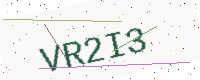
Text: VR2I3